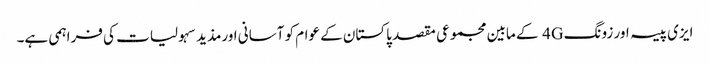
ایزی پیسہ اور زونگ 4G کے مابین مجموعی مقصد پاکستان کے عوام کو آسانی اورمذید سہولیات کی فراہمی ہے۔